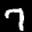
Label: 7